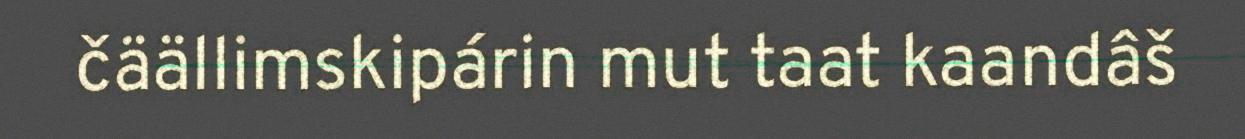
čäällimskipárin mut taat kaandâš